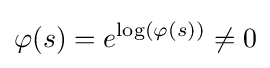
\varphi (s)=e^{\log(\varphi (s))}\neq 0